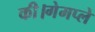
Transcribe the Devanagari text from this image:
की।गेमप्ले